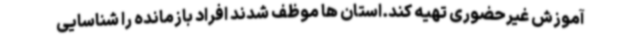
آموزش غیرحضوری تهیه کند.استان ها موظف شدند افراد بازمانده را شناسایی